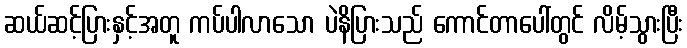
ဆယ်ဆင့်ပြားနှင့်အတူ ကပ်ပါလာသော ပဲနိပြားသည် ကောင်တာပေါ်တွင် လိမ့်သွားပြီး